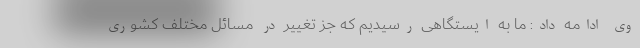
وی ادامه داد: ما به ایستگاهی رسیدیم که جز تغییر در مسائل مختلف کشوری